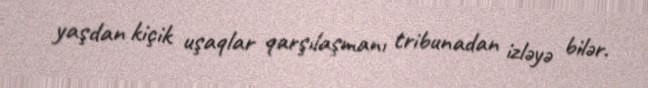
yaşdan kiçik uşaqlar qarşılaşmanı tribunadan izləyə bilər.